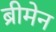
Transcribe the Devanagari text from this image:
ब्रीमेन